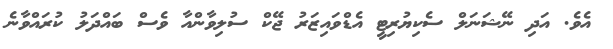
އެވެ. އަދި ނޭޝަނަލް ސެކިޔުރިޓީ އެޑްވައިޒަރު ޖޭކް ސުލިވާންއާ ވެސް ބައްދަލު ކުރައްވާނެ